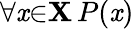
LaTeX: \forall{\mathit{x}}{\in}\mathbf{{X}}\, P(\mathit{x})